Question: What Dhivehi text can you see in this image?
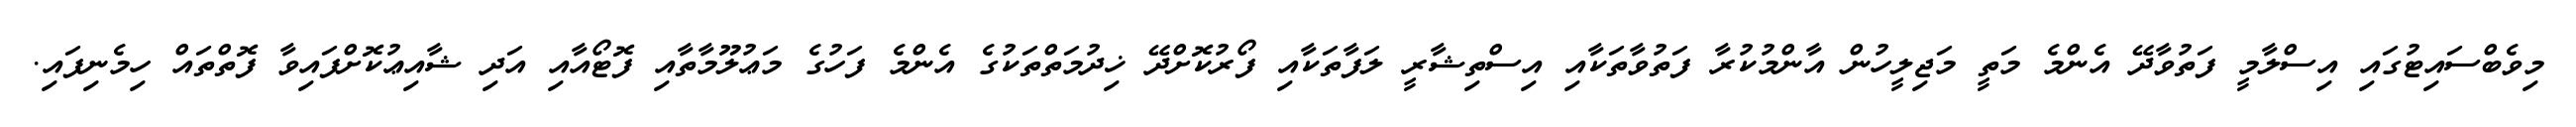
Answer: މިވެބްސައިޓުގައި އިސްލާމީ ފަތުވާދޭ އެންމެ މަތީ މަޖިލީހުން އާންމުކުރާ ފަތުވާތަކާއި އިސްތިޝާރީ ލަފާތަކާއި ފޯރުކޮށްދޭ ޚިދުމަތްތަކުގެ އެންމެ ފަހުގެ މަޢުލޫމާތާއި ފޮޓޯއާއި އަދި ޝާއިޢުކޮށްފައިވާ ފޮތްތައް ހިމެނިފައި.